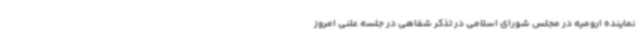
نماینده ارومیه در مجلس شورای اسلامی در تذکر شفاهی در جلسه علنی امروز